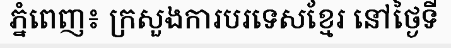
ភ្នំពេញ៖ ក្រសួងការបរទេសខ្មែរ នៅថ្ងៃទី